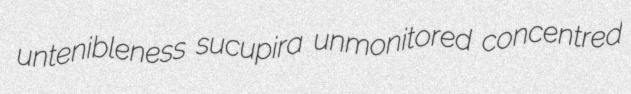
untenibleness sucupira unmonitored concentred